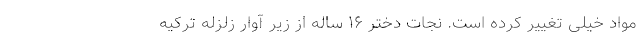
مواد خیلی تغییر کرده است. نجات دختر ۱۶ ساله از زير آوار زلزله ترکيه